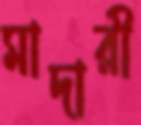
মাদারী